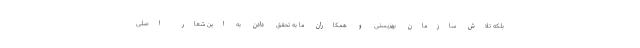
بلکه تلاش سازمان بهزیستی و همکاران ما به تحقق دادن به این شعار اصلی